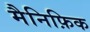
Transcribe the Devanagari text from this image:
मैनिफ़िक